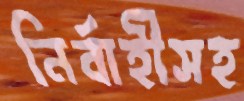
নির্বাহীসহ